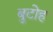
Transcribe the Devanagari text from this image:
बुटोह